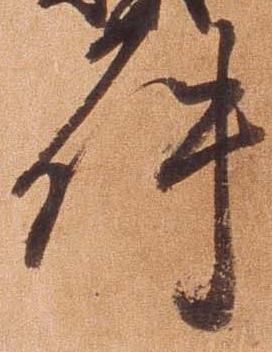
件